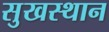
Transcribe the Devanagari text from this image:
सुखस्थान